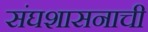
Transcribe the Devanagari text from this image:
संघशासनाची